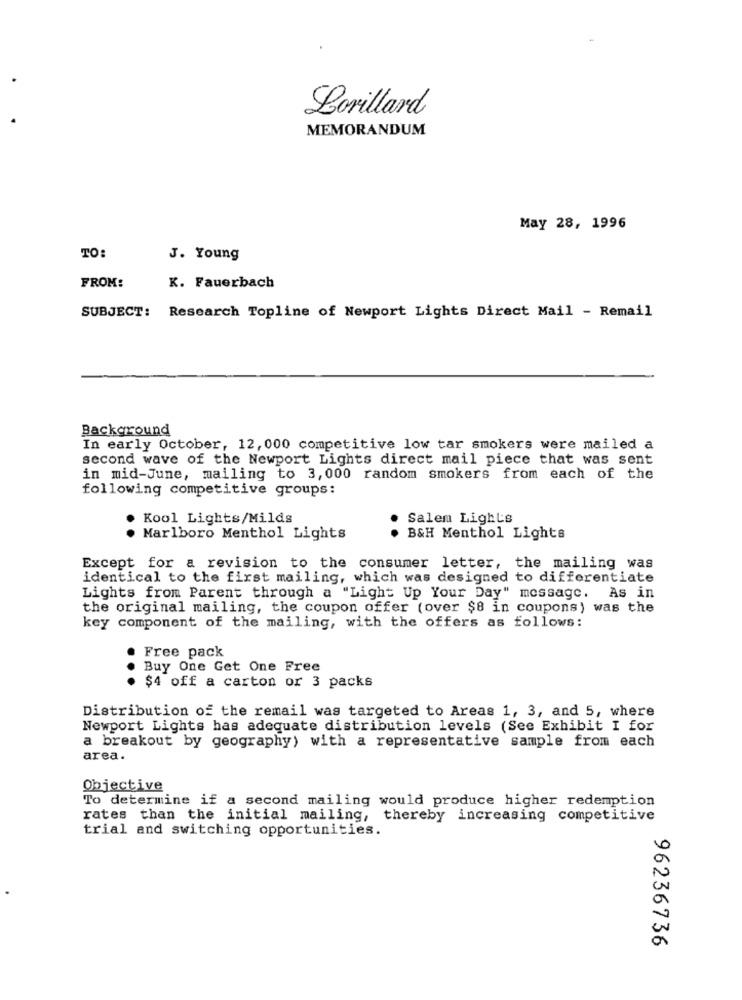
Lorillard
MEMORANDUM
May 28, 1996
TO:
J. Young
FROM:
K. Fauerbach
SUBJECT: Research Topline of Newport Lights Direct Mail - Remail
Background
In early October, 12, 000 competitive low tar smokers were mailed a
second wave of the Newport Lights direct mail piece that was sent
in mid-June, mailing to 3, 000 random smokers from each of the
following competitive groups:
Kool Lights/Milds
Salem Lights
Marlboro Menthol Lights
B&H Menthol Lights
Except for a revision to the consumer letter, the mailing was
identical to the first mailing, which was designed to differentiate
Lights from Parent through a "Light Up Your Day" message. As in
the original mailing, the coupon offer (over $8 in coupons) was the
key component of the mailing, with the offers as follows:
Free pack
Buy One Get One Free
· $4 off a carton or 3 packs
Distribution of the remail was targeted to Areas 1, 3, and 5, where
Newport Lights has adequate distribution levels (See Exhibit I for
a breakout by geography) with a representative sample from each
area.
Objective
To determine if a second mailing would produce higher redemption
rates than the initial mailing, thereby increasing competitive
trial and switching opportunities.
96236736